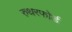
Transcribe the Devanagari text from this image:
रुथरफोर्ड